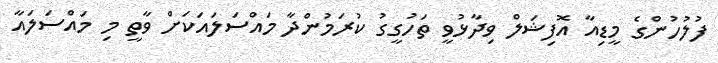
ފުލުހުންގެ މީޑިއާ އޮފިޝަލް ވިދާޅުވީ ތަހުގީގު ކުރަމުންދާ މައްސަލައަކަށް ވާތީ މި މައްސަލައާ